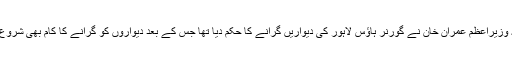
واضح رہےکہ وزیراعظم عمران خان نے گورنر ہاؤس لاہور کی دیواریں گرانے کا حکم دیا تھا جس کے بعد دیواروں کو گرانے کا کام بھی شروع کردیا گیا تھا۔